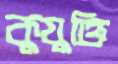
কুযুক্তি